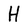
Character: H